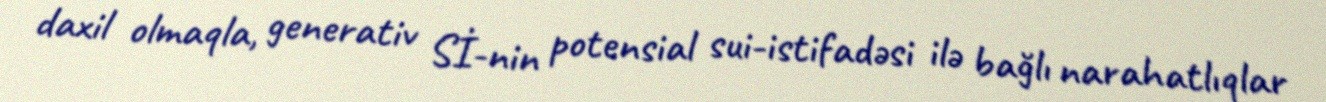
daxil olmaqla, generativ Sİ-nin potensial sui-istifadəsi ilə bağlı narahatlıqlar